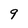
Character: 9